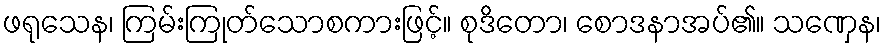
ဖရုသေန၊ ကြမ်းကြုတ်သောစကားဖြင့်။ စုဒိတော၊ စောဒနာအပ်၏။ သဏှေန၊